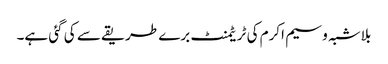
بلاشبہ وسیم اکرم کی ٹریٹمنٹ برے طریقے سے کی گئی ہے۔